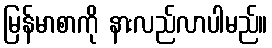
မြန်မာစာကို နားလည်လာပါမည်။